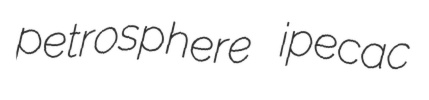
petrosphere ipecac